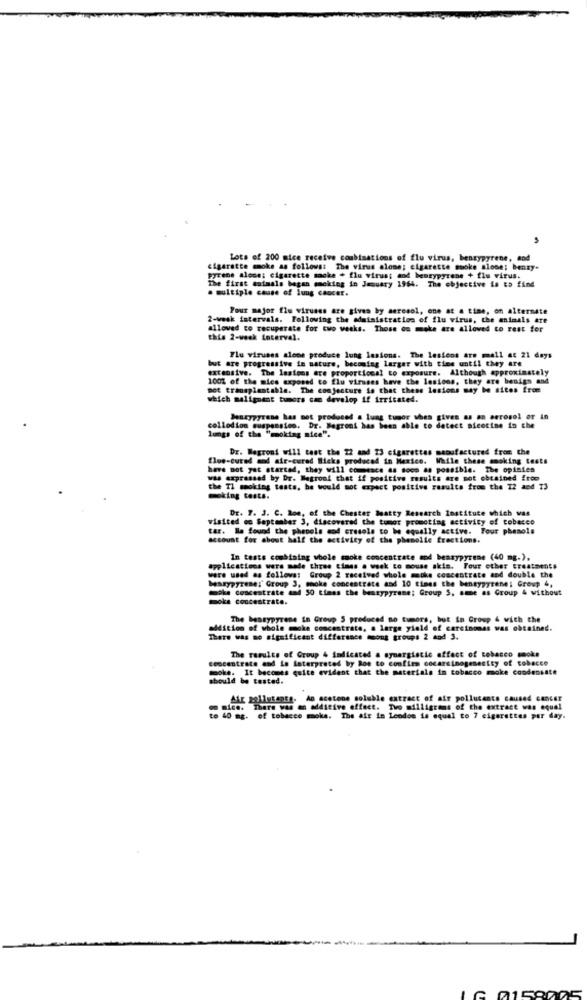
Lots of 200 mice receive combinations of flu virus, benzypyrene, and
cigarette smoke as follows: The virus alone; cigarette smoke alooe; benzy-
pyrene alone; cigarette moke + flu virus; and benzypyrene + flu virus.
The first animals began mmeking in January 1964. The objective is to find
. multiple cause of lung cancer.
Pour major flu viruses are given by seresol, one at a time, on alternate
2-wesk intervals. Following the administration of flu virus, the animals are
alloved to recuperate for two weeks. Those os moke are allowed to rest for
this 2-week interval.
but are progressive in nature, beconteg larger with time until they are
Flu viruses aloon produce lung lesions. The lesions are mall at 21 days
extensive. The lesions are proportional to exposure. Although approximately
1001 of the mies exposed to flu viruses have the lesions, they are benign and
mot transplantable. The conjecture is that these lesions may be sites free
which malignant tumors can develop if irritated.
Benryyyrene has not produced a lung tumor when given as an aerosol or in
collodion suspension. Dr. Wegroni has been able to detect sicetime in che
lungs of the "moking nice".
Dr. Megroni will test the 22 and 23 cigarettes manufactured from the
flue-cured and air-cured Wieks produced in Mexico. While these smoking tests
have not yet started, they will commence as soon as possible. The opinies
was expressed by Dr. Magromi that if positive results are mot obtained from
the TI smoking tests, be would not expect positive results from the T2 and 73
making tests.
Dr. Y. J. C. Rom, of the Chester Matty Research Institute which was
visited on September 3, discovered the tumor promoting activity of tobacco
tar. Be found the phenols and cresols to be equally active. Your phenols
Mount for about half the activity of the phemolle fractions.
In tests combining whole smoke concentrate and bessypyrene (40 mg.),
applications wers made three times a week to mouse skis. Four other treatments
were used as follows: Group 2 received whole mucke concentrate and double the
bestypyrene:' Group 3, moke concentrate and 10 times the bentypyrene; Group 4,
che concestrate and 50 times the bestypyrene; Group S. sme as Group & without
moka concestrate.
The bessypyrene in Group S produced no tumors, but in Group 4 with the
addition of whole moke concentrate, a large yield of carcinomas was obtained.
There was no significant difference moons groups 2 and 3.
concentrate and is interpreted by Roe to confirm cocarsinogenesity of tobacco
The results of Group 4 indicated a synergistic effect of tobacco smoke
moke. It becomes quite evident that the materials in tobacco make condensate
should be tested.
Air pollutants. Ap acetone soluble extract of air pollutants caused cancer
on nice. There was an additive effect. Tvo milligrams of the extract was equal
to 40 mg. of tobacco moke. The air in Leodon is equal to 7 cigarettes per day.
015900